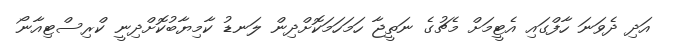
އަދި ދެވަނަ ހާފްގައި އެޓީމަށް މެޗުގެ ނަތީޖާ ހަމަހަމަކޮށްދިން ލަނޑު ކާމިޔާބުކޮށްދިނީ ކްރިސްޓިއާނޯ